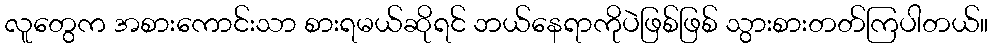
လူတွေက အစားကောင်းသာ စားရမယ်ဆိုရင် ဘယ်နေရာကိုပဲဖြစ်ဖြစ် သွားစားတတ်ကြပါတယ်။